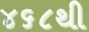
૪૬૮થી